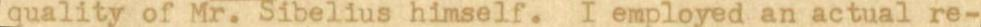
quality of Mr.Sibelius himself. I employed an actual re-